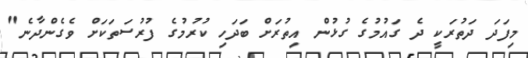
މިިފަދަ ދަތުރަކީ ދެ ގައުމުގެ ގުޅުން އިތުރަށް ބަދަހި ކުރުމުގެ ފުރުސަތަކަށް ވެގެންދާނެ"